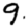
Digit: 9